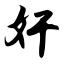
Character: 奸